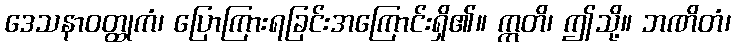
ဒေသနာဝတ္ထုကံ၊ ပြောကြားရခြင်းအကြောင်းရှိ၏။ ဣတိ၊ ဤသို့။ ဘဏိတံ၊